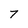
Character: 7